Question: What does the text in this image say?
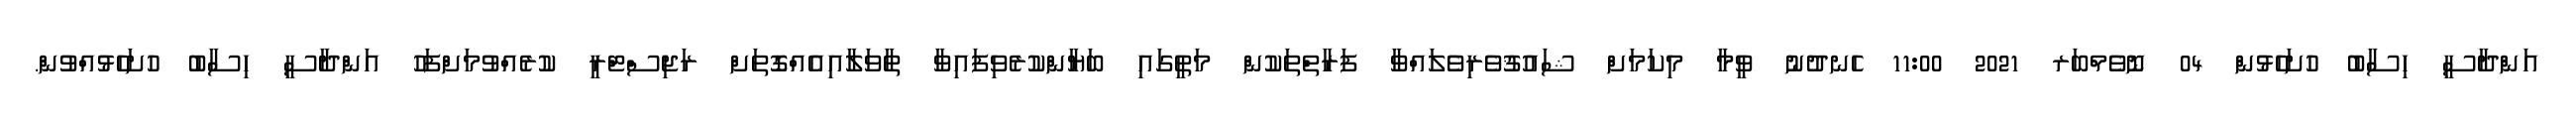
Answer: އަންދާސީ ހިސާބު ހުށަހެޅުން 04 ނޮވެމްބަރ 2021 11:00 ހެނދުނު ވީމާ މިކަމަށް ޝައުޤުވެރިވެލައްވާ ފަރާތްތަކުން މަތީގައި ބަޔާންކުރެވިފައިވާ ތާވަލާއިއެއްގޮތަށް ރަޖިސްޓްރީ ކުރެއްވުމަށްފަހު އަންދާސީ ހިސާބު ހުށަހެޅުއްވުން.